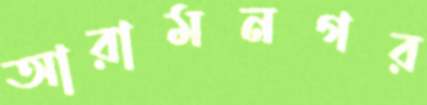
আরামনগর